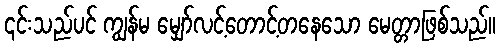
၎င်းသည်ပင် ကျွန်မ မျှော်လင့်တောင့်တနေသော မေတ္တာဖြစ်သည်။